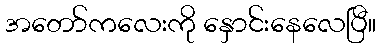
အတော်ကလေးကို နှောင်းနေလေပြီ။